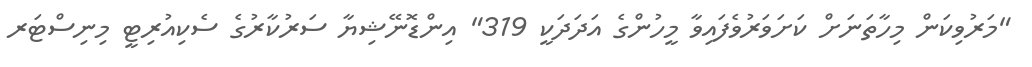
"މަރުވިކަން މިހާތަނަށް ކަށަވަރުވެފައިވާ މީހުންގެ އަދަދަކީ 319" އިންޑޮނޭޝިޔާ ސަރުކާރުގެ ސެކިއުރިޓީ މިނިސްޓަރ